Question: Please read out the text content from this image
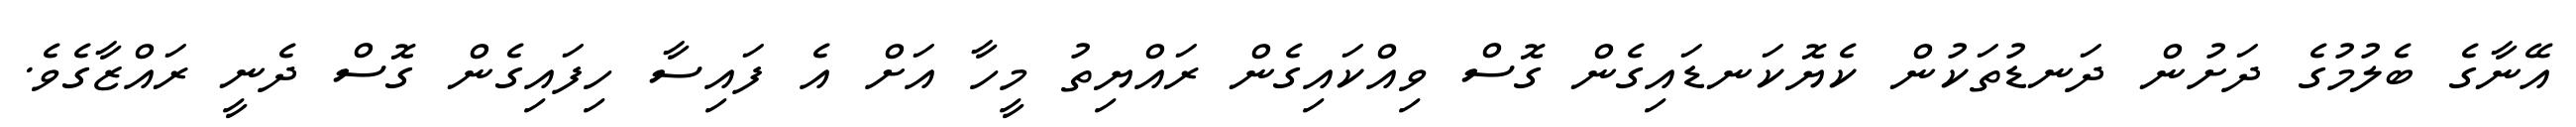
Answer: އޭނާގެ ބެލުމުގެ ދަށުން ދަނޑުތަކުން ކެޔޮކަނޑައިގެން ގޮސް ވިއްކައިގެން ރައްޔިތު މީހާ އަށް އެ ފައިސާ ހިފައިގެން ގޮސް ދެނީ ރައްޒާގެވެ.